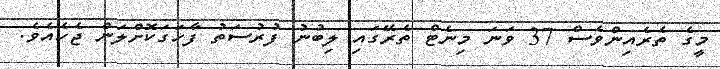
މީގެ ތެރެއިންވެސް 37 ވަނަ މިނެޓް ތެރޭގައި ލިބުނު ފުރުސަތު ފާހަގަކޮށްލަން ޖެހެއެވެ.